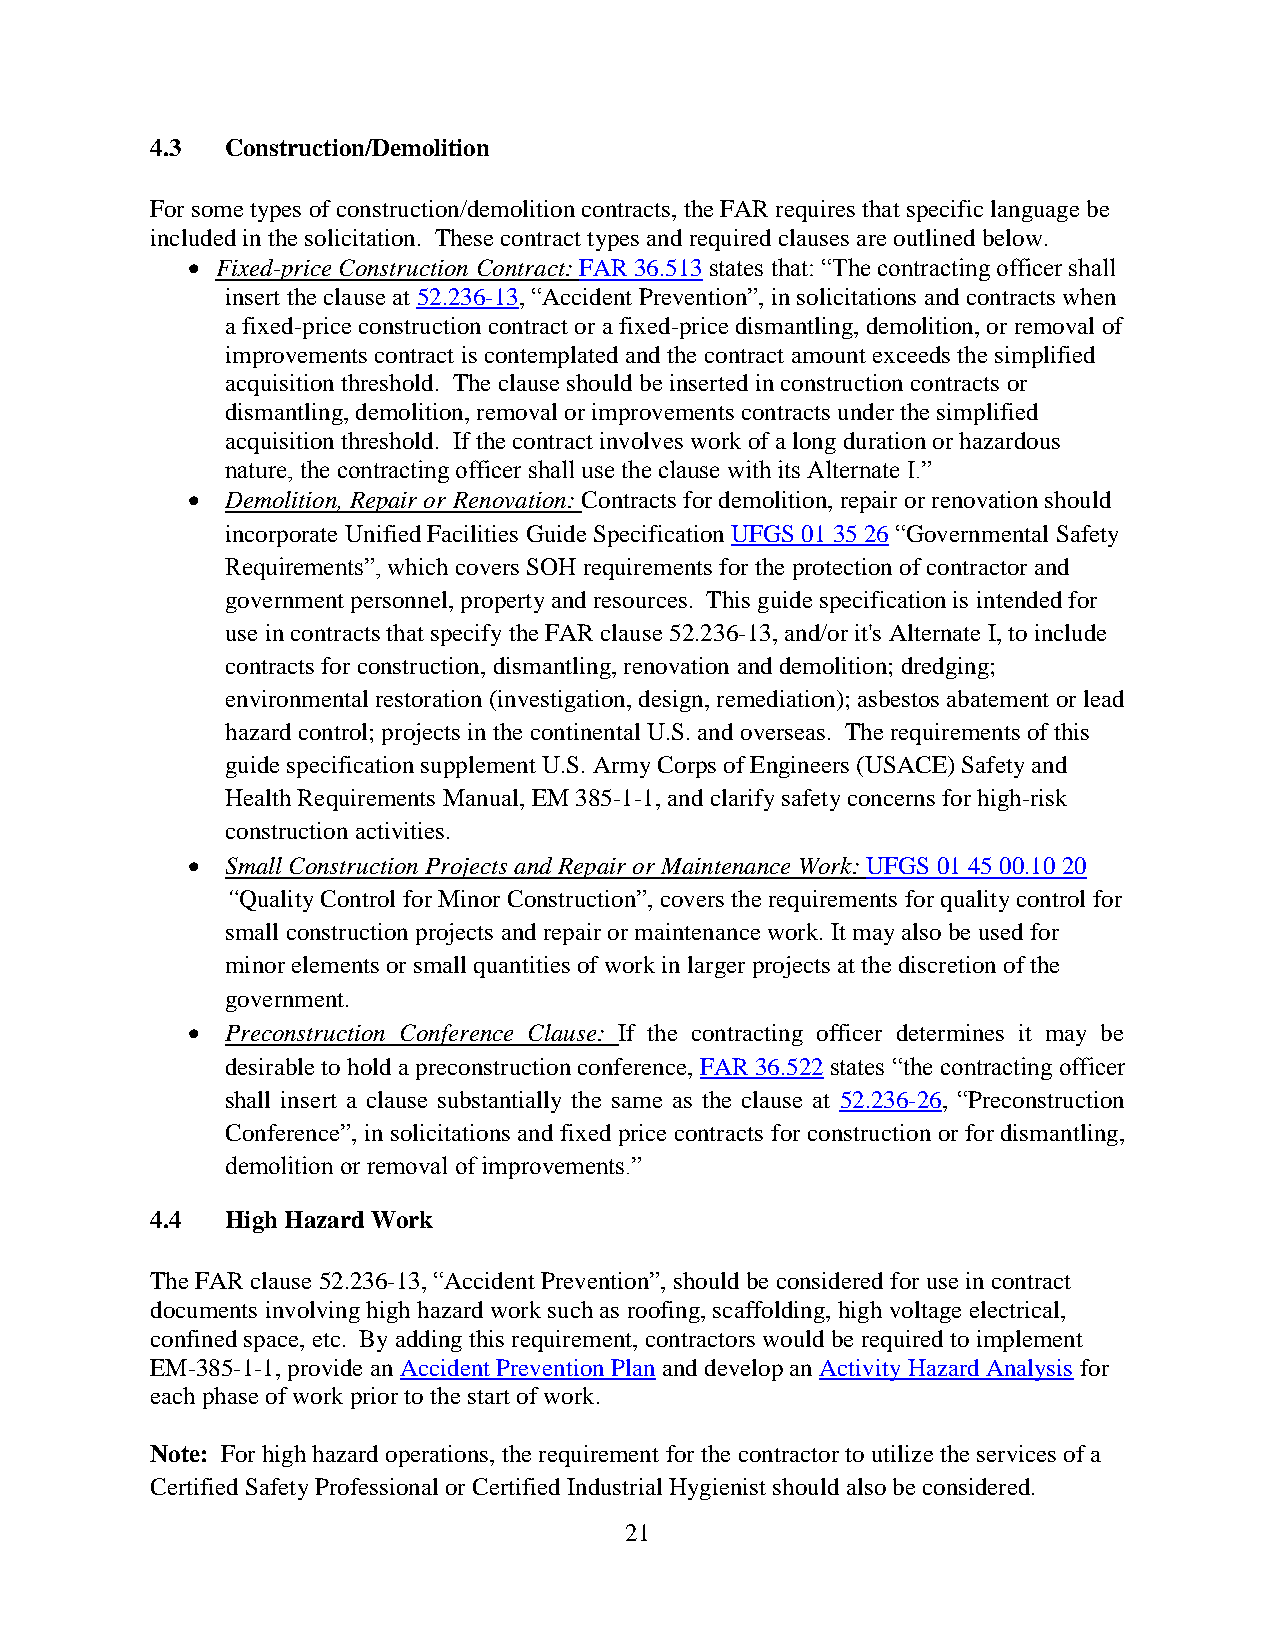
4.3  Construction/Demolition
 For some types of construction/demolition contracts, the FAR requires that specific language be
 included in the solicitation. These contract types and required clauses are outlined below.
  Fixed-price Construction Contract: FAR 36.513 states that: “The contracting officer shall
 insert the clause at 52.236-13, “Accident Prevention”, in solicitations and contracts when
 a fixed-price construction contract or a fixed-price dismantling, demolition, or removal of
 improvements contract is contemplated and the contract amount exceeds the simplified
 acquisition threshold. The clause should be inserted in construction contracts or
 dismantling, demolition, removal or improvements contracts under the simplified
 acquisition threshold. If the contract involves work of a long duration or hazardous
 nature, the contracting officer shall use the clause with its Alternate I.”
   Demolition, Repair or Renovation: Contracts for demolition, repair or renovation should
 incorporate Unified Facilities Guide Specification UFGS 01 35 26 “Governmental Safety
 Requirements”, which covers SOH requirements for the protection of contractor and
 government personnel, property and resources. This guide specification is intended for
 use in contracts that specify the FAR clause 52.236-13, and/or it's Alternate I, to include
 contracts for construction, dismantling, renovation and demolition; dredging;
 environmental restoration (investigation, design, remediation); asbestos abatement or lead
 hazard control; projects in the continental U.S. and overseas. The requirements of this
 guide specification supplement U.S. Army Corps of Engineers (USACE) Safety and
 Health Requirements Manual, EM 385-1-1, and clarify safety concerns for high-risk
 construction activities.
   Small Construction Projects and Repair or Maintenance Work: UFGS 01 45 00.10 20
 “Quality Control for Minor Construction”, covers the requirements for quality control for
 small construction projects and repair or maintenance work. It may also be used for
 minor elements or small quantities of work in larger projects at the discretion of the
 government.
   Preconstruction Conference Clause: If the contracting officer determines it may be
 desirable to hold a preconstruction conference, FAR 36.522 states “the contracting officer
 shall insert a clause substantially the same as the clause at 52.236-26, “Preconstruction
 Conference”, in solicitations and fixed price contracts for construction or for dismantling,
 demolition or removal of improvements.”
 4.4  High Hazard Work
 The FAR clause 52.236-13, “Accident Prevention”, should be considered for use in contract
 documents involving high hazard work such as roofing, scaffolding, high voltage electrical,
 confined space, etc. By adding this requirement, contractors would be required to implement
 EM-385-1-1, provide an Accident Prevention Plan and develop an Activity Hazard Analysis for
 each phase of work prior to the start of work.
 Note: For high hazard operations, the requirement for the contractor to utilize the services of a
 Certified Safety Professional or Certified Industrial Hygienist should also be considered.
 21